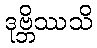
ဒုဗ္ဘိဿသိ